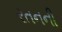
રતનની